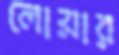
লোয়ার